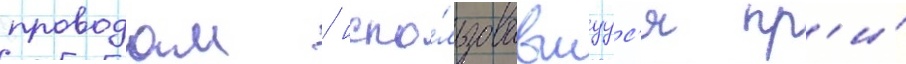
проводам / испо́льзовавшуус'я пр'и́